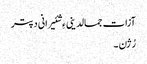
آزات جمالدینی ءِ شئیرانی دپتر
رُژن ۔